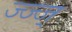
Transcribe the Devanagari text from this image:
ज्ज्ज्